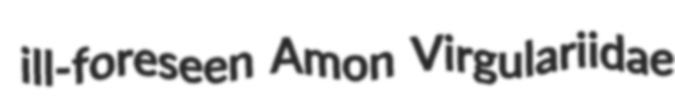
ill-foreseen Amon Virgulariidae